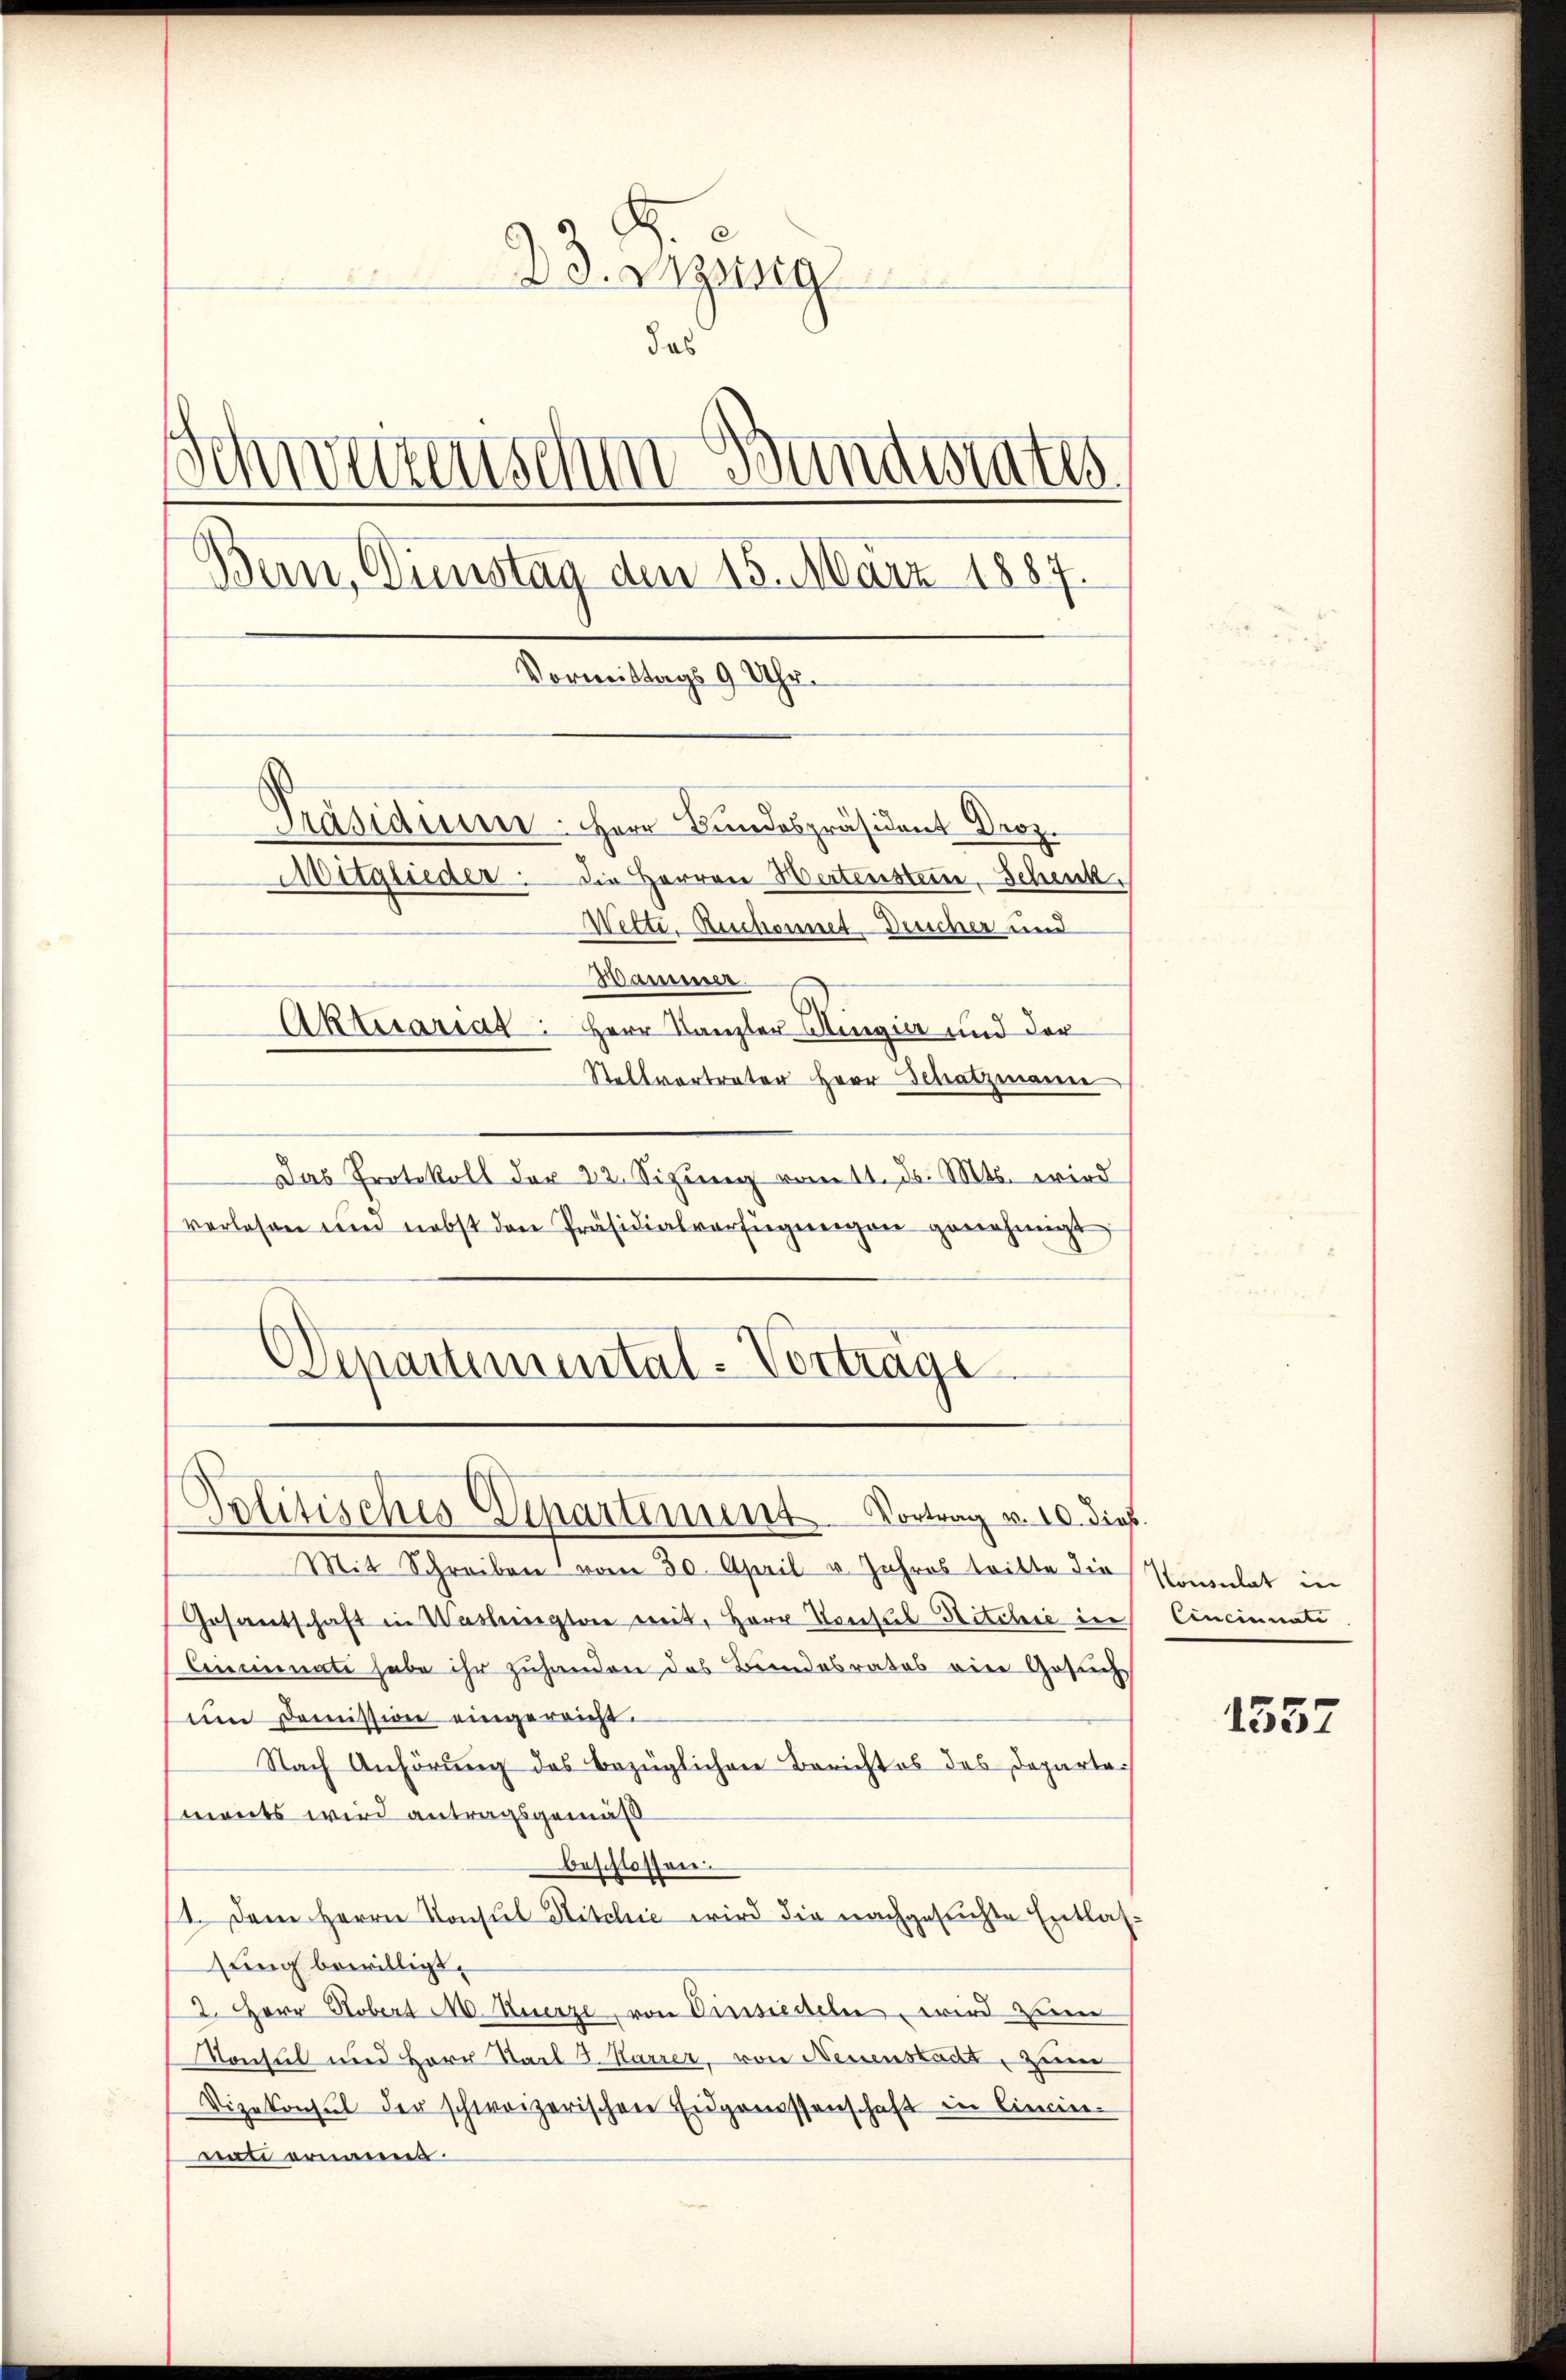
2
23. Dezung
das
Schweizenschen Banderates
Bern, Dienstag den 15. März 1887.
Vormittags 9 Uhr.
Präsidiren. Herr Bundespräsident Droz.
Mitglieder. Die Herren Wertensteine Schenk.
Netti. Beschonnet-Drucher und
Wammer.
Aktuariat: Herr Kanzler-Kingier und der
Stellvertreter Herr Schatzmann

Das Protokoll der 22. Sizung vom 11. d. Mts. wird
vorlesen um nebst den Präsidialverfügŭngen genehmigt
Departemental-Vortrage

Politisches Departement. Vortrag v. 10. dies

Mit Schreiben vom 30. April u. Jahres tritte die Komulat in
Gesantschaft in Washingtone mit, Herr Konsul Ritchić in
Cinmimat habe ihr zuhanden das Bundesrates eine Gesuch
um Demission eingereicht.
Nach Anhörung des bezüglichen Berichtes des Departei
ments wird antragsgemäß
beschlossen.
11. Dem Herrn Konsul Hitchie wird die nachgesuchte Entlassung bewilligt.
2. Herr Robert M. Zuerze, von Einsiedeln, wird zum
Konsul und Herr Staat J. Karrer, von Neuenstadt, zum
Vizekonsul der schweizerischen Eidgenossenschaft in Linien-
nati ernannt.

Cincinnate

1557